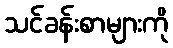
သင်ခန်းစာများကို